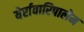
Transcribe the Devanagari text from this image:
येर्रावारिपालेम